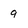
Character: 9